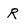
Character: R